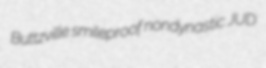
Buttzville smileproof nondynastic JUD